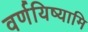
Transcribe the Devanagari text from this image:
वर्णयिष्यामि